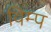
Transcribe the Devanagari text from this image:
विम्प